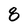
Character: 8